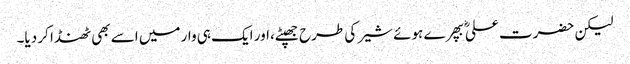
لیکن حضرت علیؓ بپھرے ہوئے شیر کی طرح جھپٹے،اور ایک ہی وار میں اسے بھی ٹھنڈا کر دیا۔